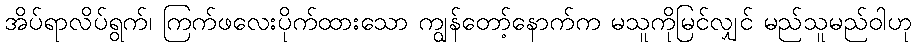
အိပ်ရာလိပ်ရွက်၊ ကြက်ဖလေးပိုက်ထားသော ကျွန်တော့်နောက်က မသူကိုမြင်လျှင် မည်သူမည်ဝါဟု